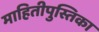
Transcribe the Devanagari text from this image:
माहितीपुस्तिका